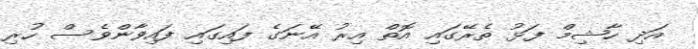
އަދި ހާޝިމް ފަޅު ތެރޭގައި އޮތް އިރު އޭނަގެ ފައިގައި ފައިވާންވެސް ހުރި